Vaccine operations Central Provinces 1900-1911 - 1900-1911
Year: 1900
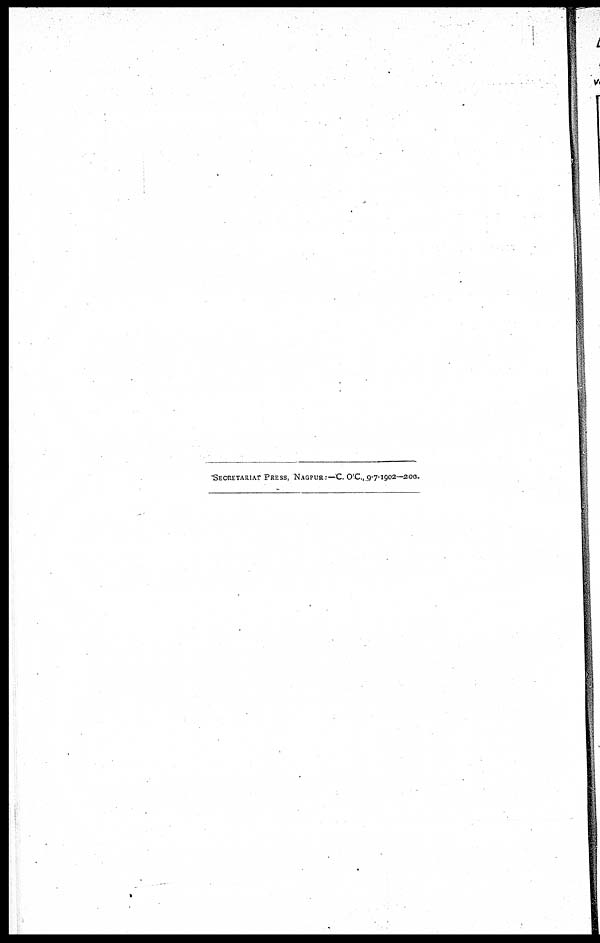
SECRETARIAT PRESS, NAGPUR:—C. O'C.,9-7-1902—200.